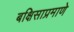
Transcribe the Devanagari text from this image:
बक्षिसाप्रमाणे